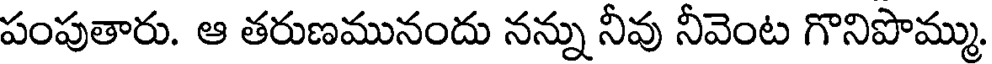
పంపుతారు. ఆ తరుణమునందు నన్ను నీవు నీవెంట గొనిపొమ్ము